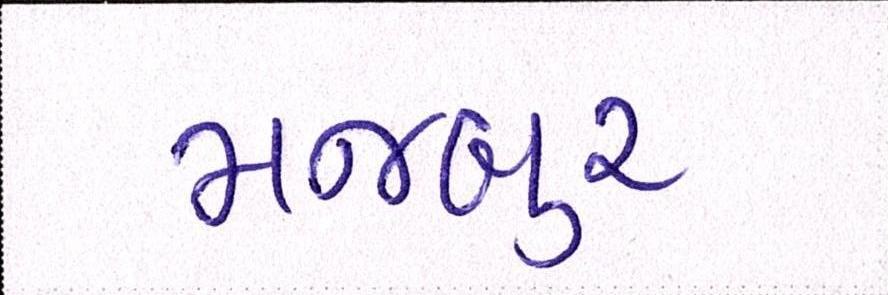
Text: મજબુર